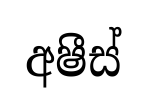
අෂීස්